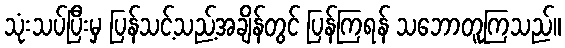
သုံးသပ်ပြီးမှ ပြန်သင့်သည့်အချိန်တွင် ပြန်ကြရန် သဘောတူကြသည်။